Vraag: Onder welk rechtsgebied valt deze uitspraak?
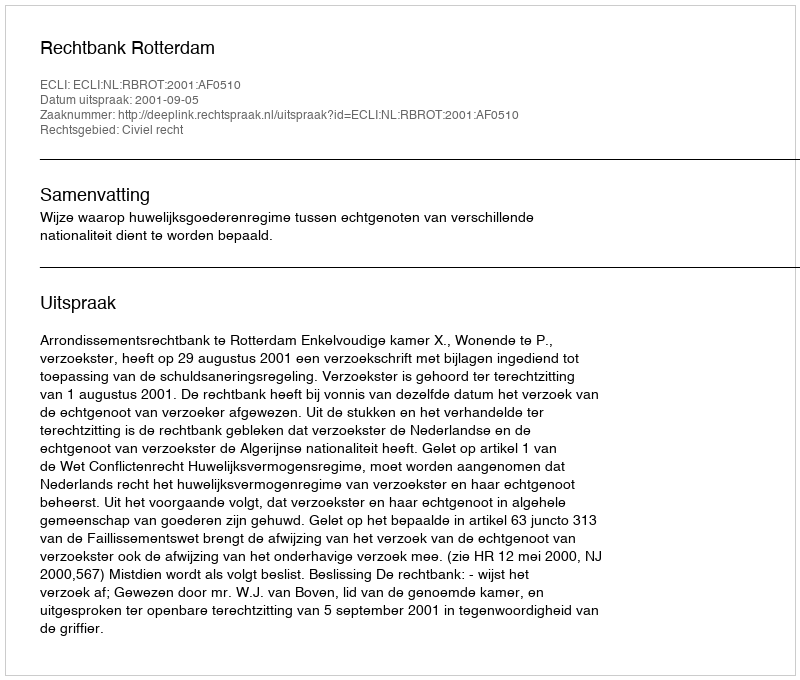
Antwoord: Civiel recht